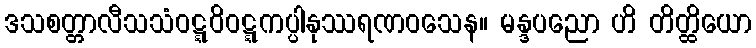
ဒသစတ္တာလီသသံဝဋ္ဋဝိဝဋ္ဋကပ္ပါနုဿရဏဝသေန။ မန္ဒပညော ဟိ တိတ္ထိယော